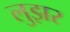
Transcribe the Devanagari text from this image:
लुझर